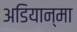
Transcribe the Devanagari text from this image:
अडियान्मा